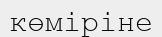
көміріне